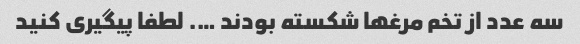
سه عدد از تخم مرغها شکسته بودند …. لطفا پیگیری کنید